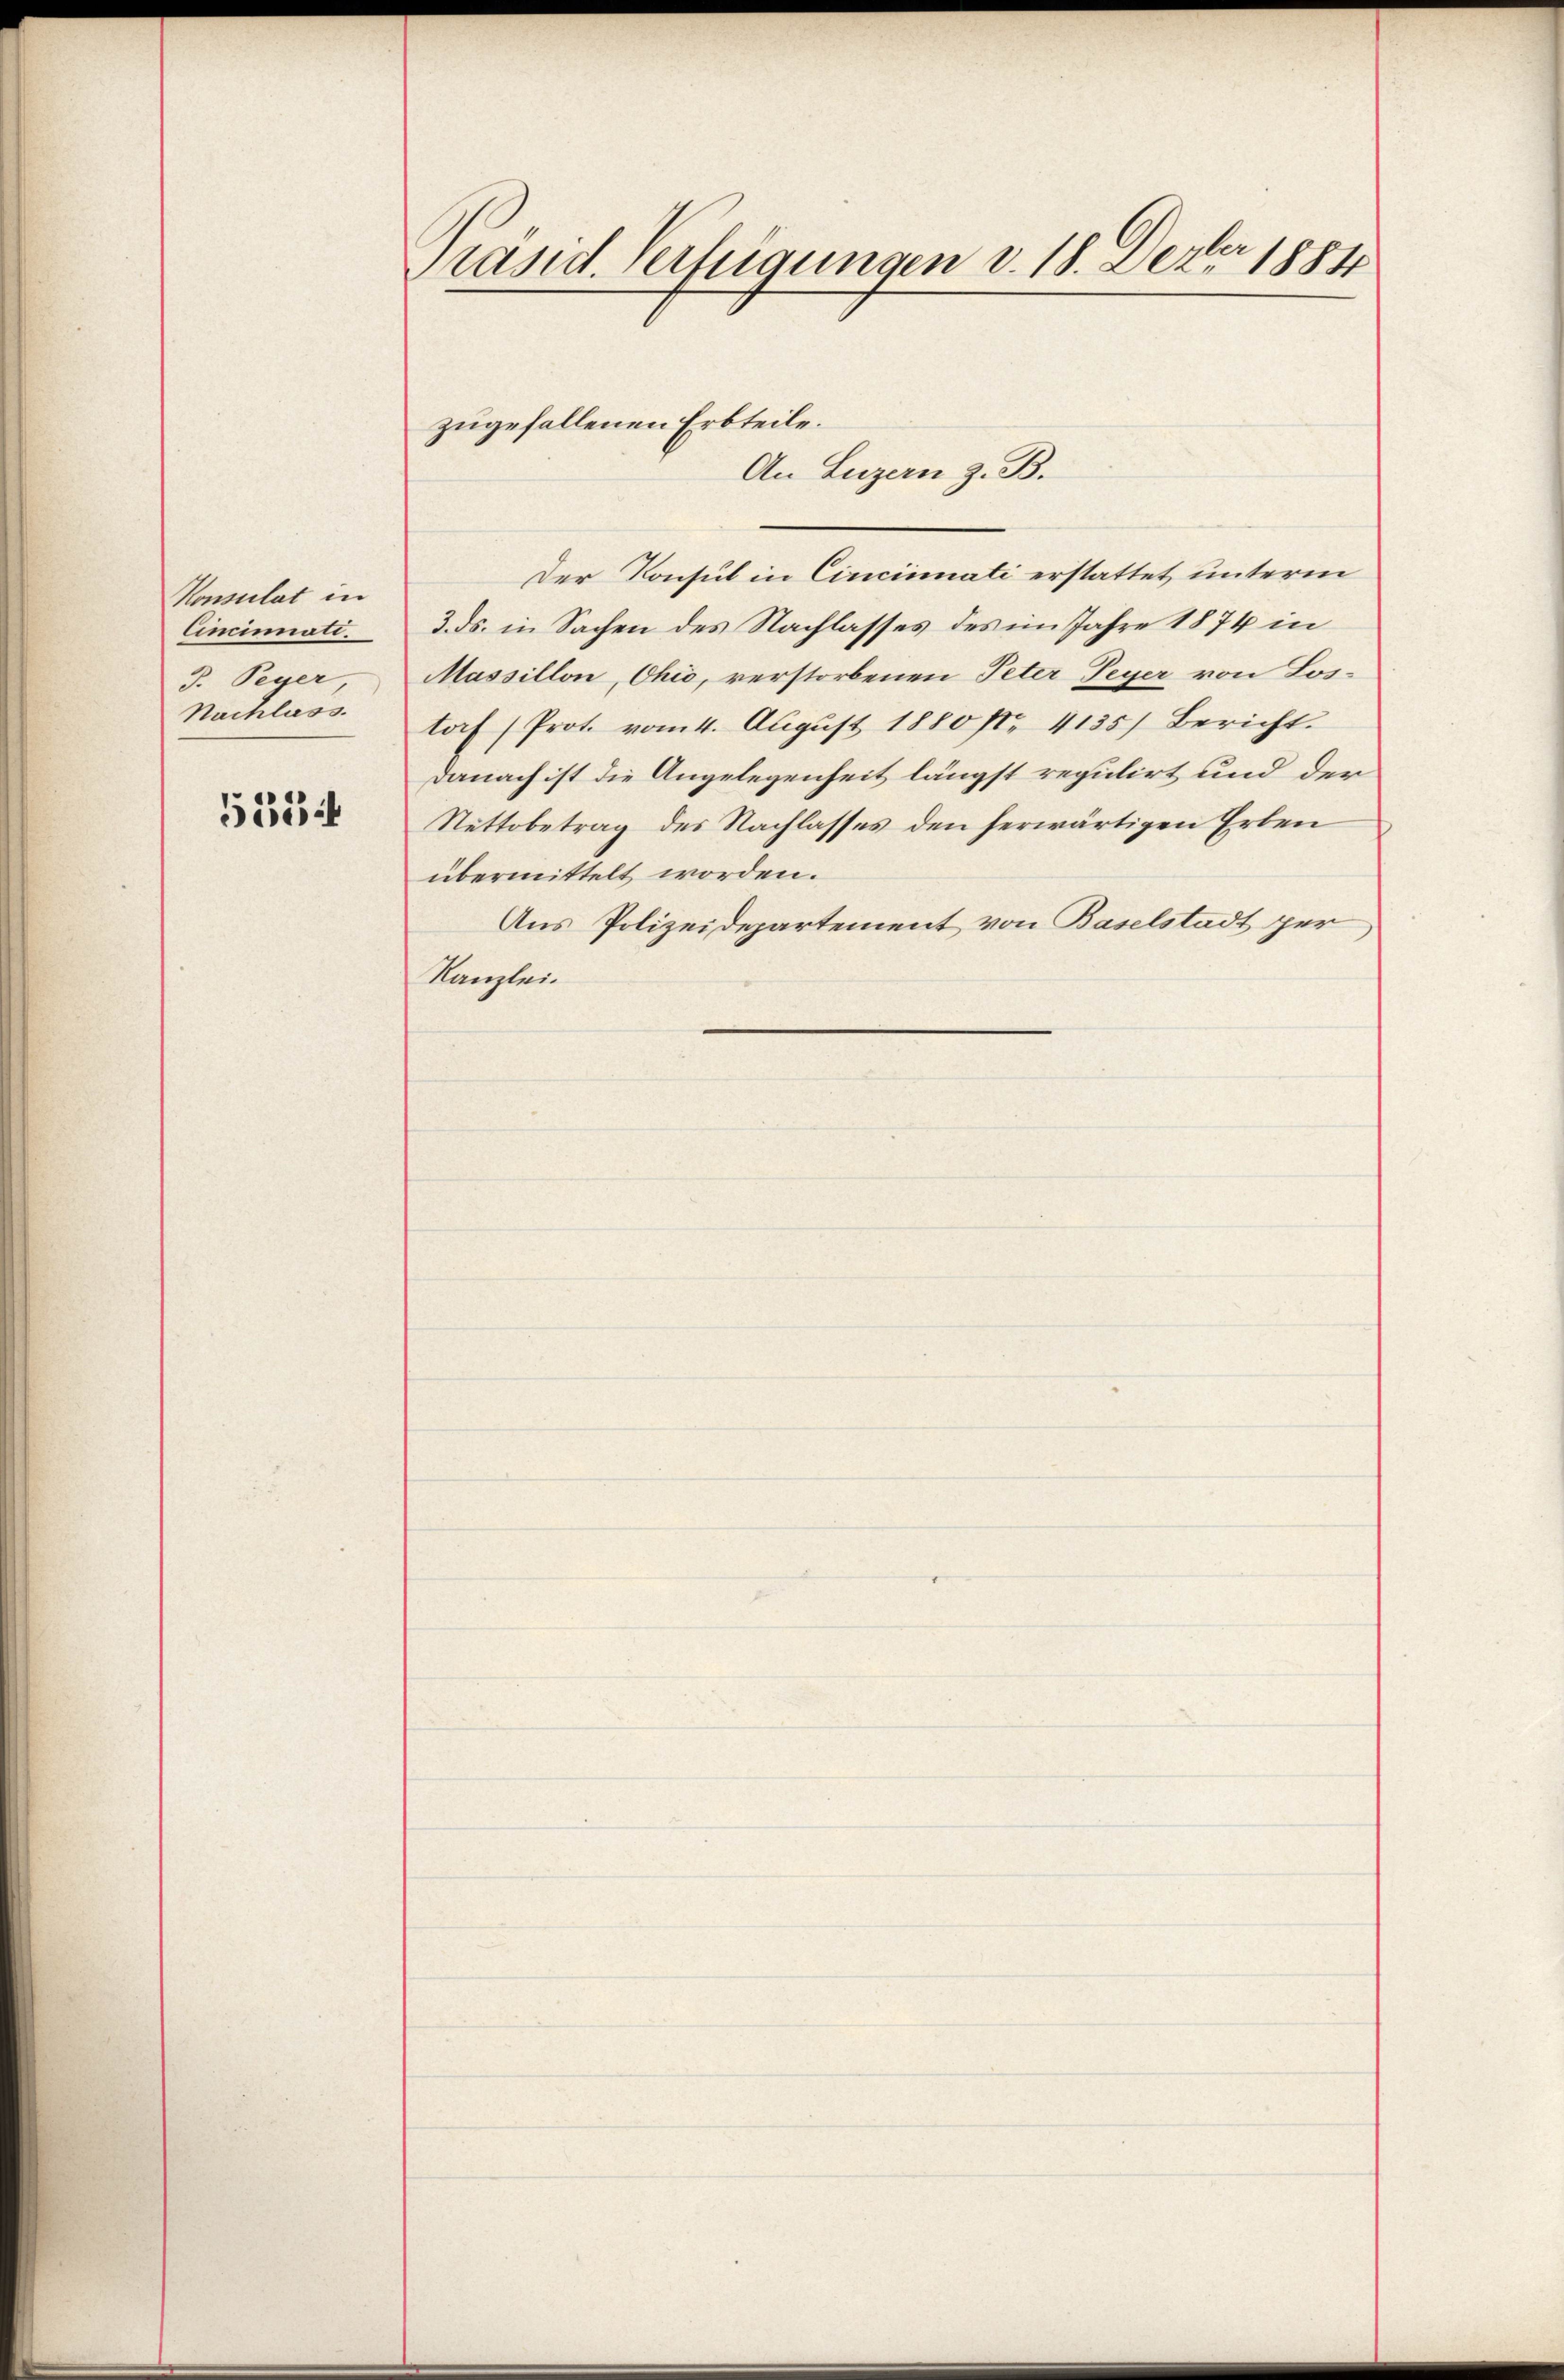
Konsulat in
Cincinali.
J. Peyer,
Nachlass.

535

prand. Verfügungen d. 18. Dero 1884

An Luzern z. B.
Der Konsul in Cincinati erstattet unterm
3. ds. in Sachen des Nachlasses des im Jahre 1874 in
Massillon, Ohio, verstorbenen Peter Peyer von Lostorf (Prot. vom 4. August 1880 No 4135) Bericht.
Danach ist die Angelegenheit längst regulirt und der
Nettobetrag des Nachlasses den herwärtigen Erben
übermittelt worden.
Aus Polizeidepartement von Baselstadt per
Kanzlei.

zugefallenen Erbteile.